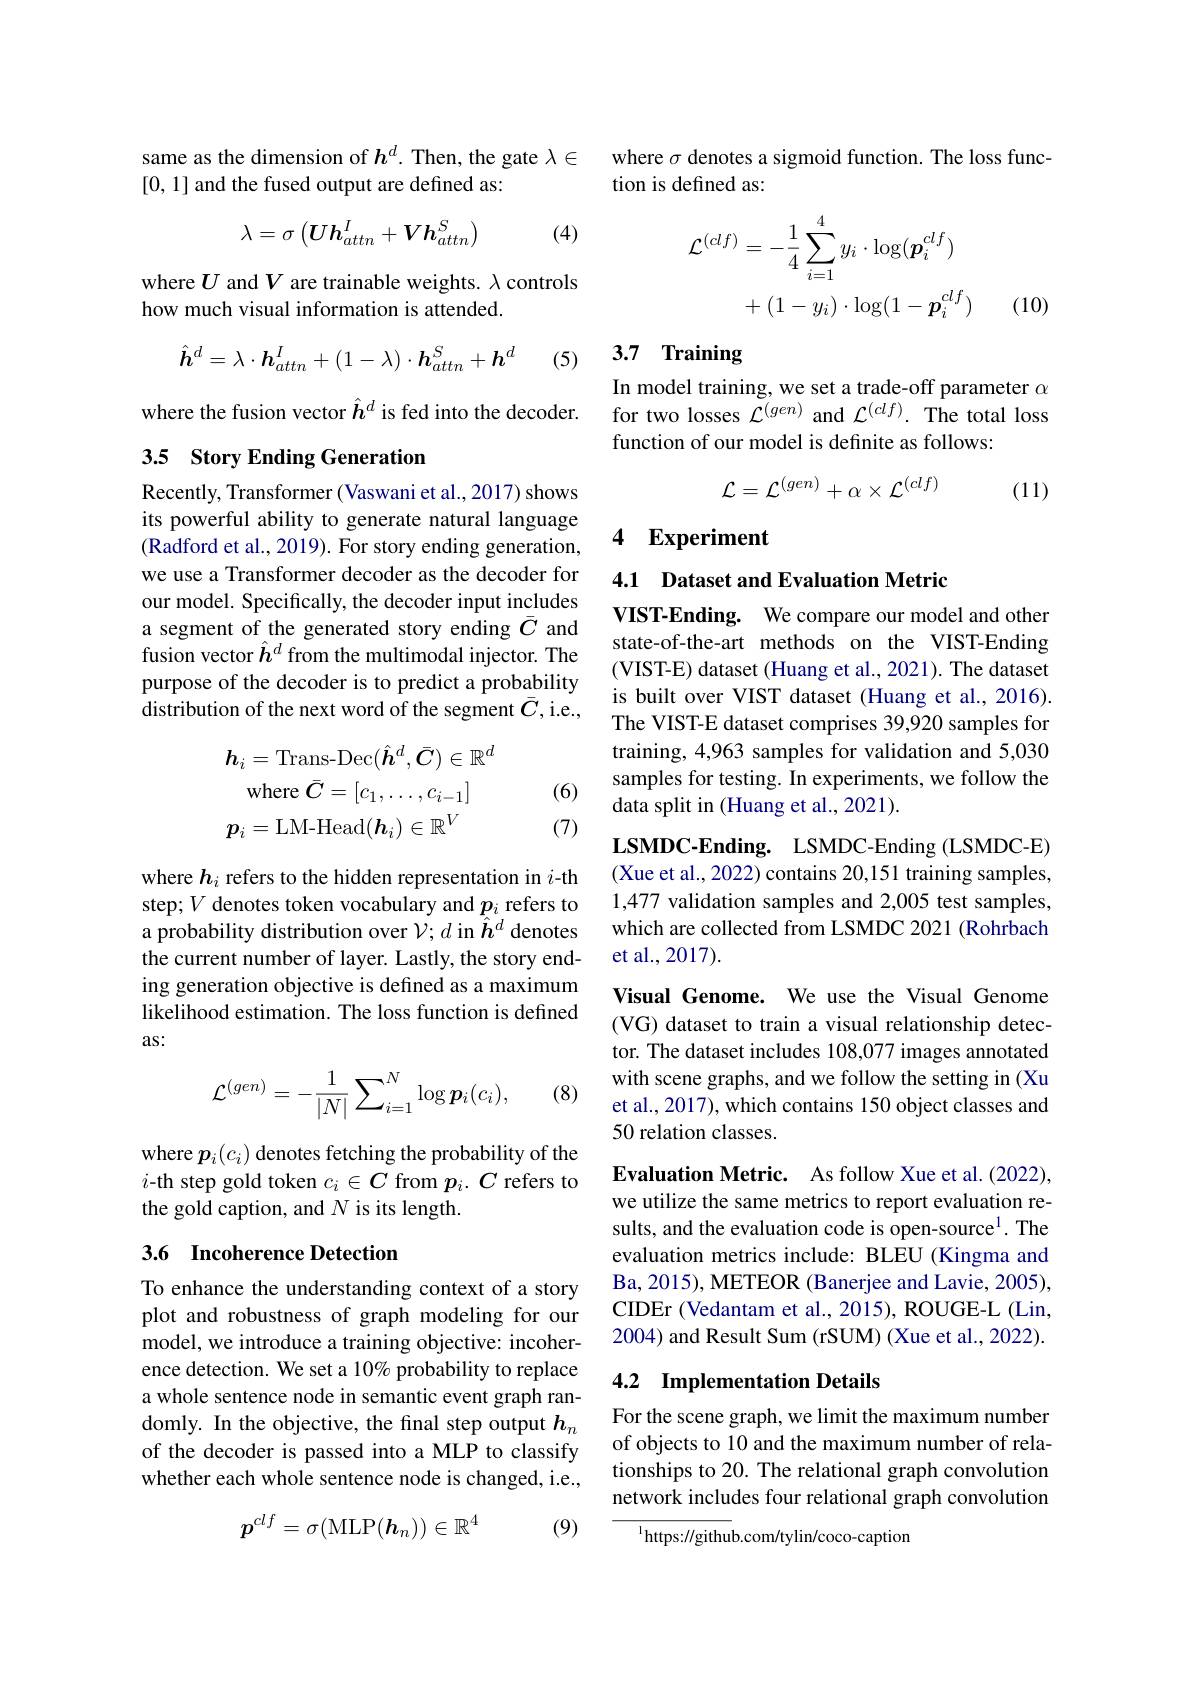
same as the dimension of $h^d.$ Then, the gate $\lambda\in$
[0, 1] and the fused output are defined as:
$$\lambda=\sigma\left(Uh_{attn}^I+Vh_{attn}^S\right)$$
(4)

where $U$ and $V$ are trainable weights. $\lambda$ controls
how much visual information is attended.
$$\hat{\boldsymbol{h}}^d=\lambda\cdot\boldsymbol{h}_{attn}^I+(1-\lambda)\cdot\boldsymbol{h}_{attn}^S+\boldsymbol{h}^d$$
(5)

where the fusion vector $\hat{h}^d$ is fed into the decoder.

### 3.5 Story Ending Generation

Recently, Transformer ( Vaswani et al. , 2017) shows its powerful ability to generate natural language (Radford et al., 2019). For story ending generation, we use a Transformer decoder as the decoder for our model. Specifically, the decoder input includes a segment of the generated story ending $\bar{C}$ and fusion vector $\hat{h}^d$ from the multimodal injector. The purpose of the decoder is to predict a probability distribution of the next word of the segment $\bar{C}$,i.e.,

(6)
$$h_{i}=\mathrm{Trans-Dec}(\hat{\boldsymbol{h}}^{d},\bar{\boldsymbol{C}})\in\mathbb{R}^{d}\\\mathrm{where~}\bar{C}=[c_{1},\ldots,c_{i-1}]\\p_{i}=\mathrm{LM-Head}(\boldsymbol{h}_{i})\in\mathbb{R}^{V}$$
(7)

where $h_i$ refers to the hidden representation in $i$-th step; $V$ denotes token vocabulary and $p_i$ refers to a probability distribution over $\mathcal{V};d$ in $\tilde{\hat{h}}^d$ denotes the current number of layer. Lastly, the story ending generation objective is defined as a maximum likelihood estimation. The loss function is defined as:

(8)
$$\mathcal{L}^{(gen)}=-\frac{1}{|N|}\sum_{i=1}^{N}\log\boldsymbol{p}_{i}(c_{i}),$$
where $p_{i}(c_{i})$ denotes fetching the probability of the $i$-th step gold token $c_i\in C$ from $p_i.C$ refers to the gold caption, and $N$ is its length.

## 3.6 Incoherence Detection

To enhance the understanding context of a story plot and robustness of graph modeling for our model, we introduce a training objective: incoherence detection. We set a 10% probability to replace a whole sentence node in semantic event graph randomly. In the objective, the final step output $h_n$ of the decoder is passed into a MLP to classify whether each whole sentence node is changed, i.e.,

(9)
$$p^{clf}=\sigma(\mathrm{MLP}(\boldsymbol{h}_n))\in\mathbb{R}^4$$
where $\sigma$ denotes a sigmoid function. The loss func-
tion is defined as:
$$\begin{aligned}\mathcal{L}^{(clf)}&=-\frac{1}{4}\sum_{i=1}^{4}y_{i}\cdot\log(\boldsymbol{p}_{i}^{clf})\\&+(1-y_{i})\cdot\log(1-\boldsymbol{p}_{i}^{clf})\end{aligned}$$
(10)

# 3.7 Training

In model training, we set a trade-off parameter $\alpha$ for two losses $\bar{\mathcal{L}}^{(gen)}$ and $\mathcal{L}^{(clf)}.$ The total loss function of our model is definite as follows:
$$\mathcal{L}=\mathcal{L}^{(gen)}+\alpha\times\mathcal{L}^{(clf)}$$
(11)

4 Experiment

4.1 Dataset and Evaluation Metric

VIST-Ending. We compare our model and other state-of-the-art methods on the VIST-Ending (VIST-E) dataset (Huang et al., 2021). The dataset is built over VIST dataset (Huang et al., 2016). The VIST-E dataset comprises 39,920 samples for training, 4,963 samples for validation and 5,030 samples for testing. In experiments, we follow the data split in (Huang et al., 2021).

LSMDC-Ending. LSMDC-Ending (LSMDC-E)

(Xue et al., 2022) contains 20,151 training samples,

1,477 validation samples and 2,005 test samples,

which are collected from LSMDC 2021 (Rohrbach

et al.,2017).

Visual Genome. We use the Visual Genome

(VG) dataset to train a visual relationship detec-

tor. The dataset includes 108,077 images annotated

with scene graphs, and we follow the setting in (Xu

et al., 2017), which contains 150 object classes and

50 relation classes.

Evaluation Metric. As follow Xue et al.(2022), we utilize the same metrics to report evaluation results, and the evaluation code is open-source$^{1}.$ The evaluation metrics include: BLEU (Kingma and Ba, 2015), METEOR (Banerjee and Lavie, 2005), CIDEr (Vedantam et al., 2015), ROUGE-L (Lin, 2004) and Result Sum (rSUM) (Xue et al., 2022).

## 4.2 Implementation Details

For the scene graph, we limit the maximum number of objects to 10 and the maximum number of relationships to 20. The relational graph convolution network includes four relational graph convolution

$^{1}$https://github.com/tylin/coco-caption